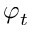
\varphi _ { t }